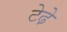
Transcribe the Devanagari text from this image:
टेढे़